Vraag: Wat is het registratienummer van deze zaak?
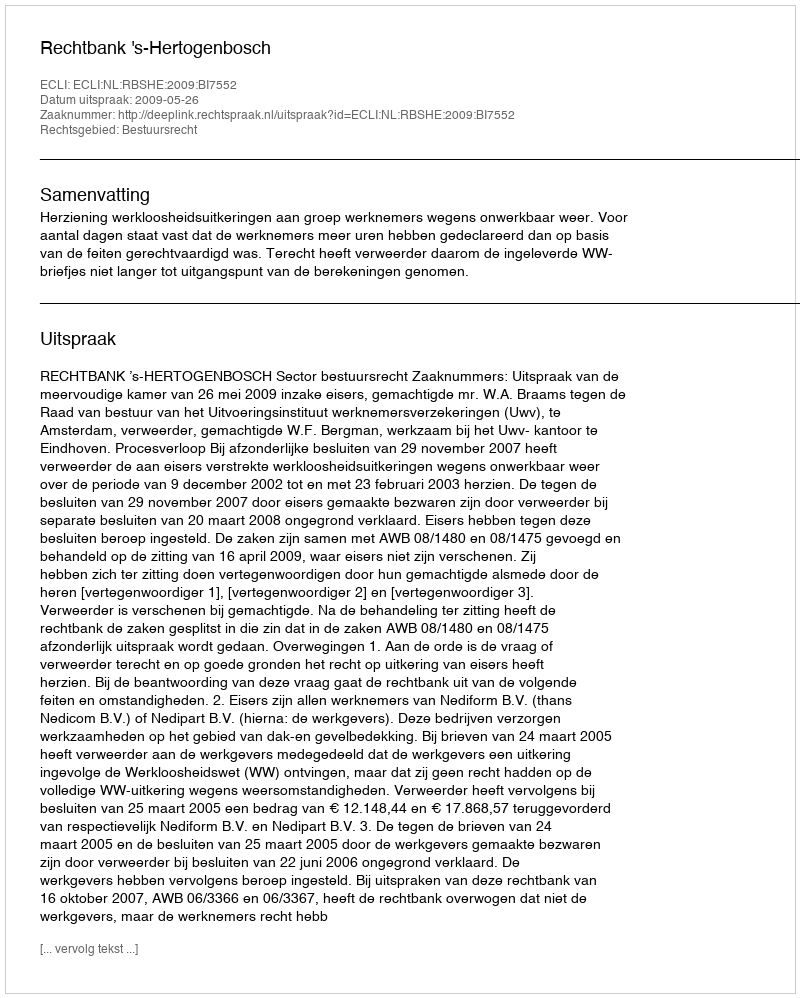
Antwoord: http://deeplink.rechtspraak.nl/uitspraak?id=ECLI:NL:RBSHE:2009:BI7552